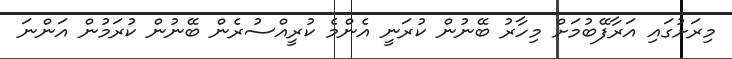
މިރަށުގައި އަރާފޭބުމަށް މިހާރު ބޭނުން ކުރަނީ އެންމެ ކުރީއްސުރެން ބޭނުން ކުރަމުން އަންނަ